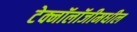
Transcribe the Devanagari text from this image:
टेक्नॉलॉजीमधील